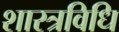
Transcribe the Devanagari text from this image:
शास्त्रविधि